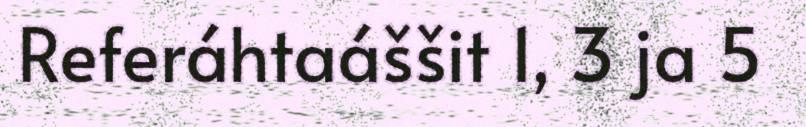
Referáhtaáššit 1, 3 ja 5